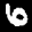
Label: 6